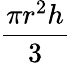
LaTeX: \frac{\pi r^{2}h}{3}